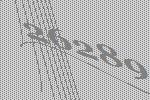
26289